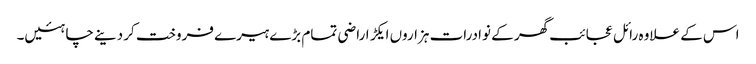
اس کے علاوہ رائل عجائب گھر کے نوادرات ہزاروں ایکڑ اراضی تمام بڑے ہیرے فروخت کر دینے چاہئیں۔